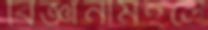
বিজ্ঞানীমহলে